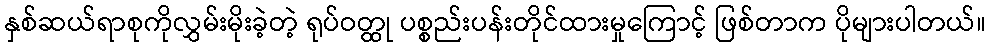
နှစ်ဆယ်ရာစုကိုလွှမ်းမိုးခဲ့တဲ့ ရုပ်ဝတ္ထု ပစ္စည်းပန်းတိုင်ထားမှုကြောင့် ဖြစ်တာက ပိုများပါတယ်။